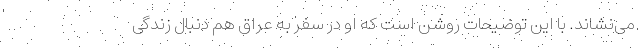
می‌نشاند. با این توضیحات روشن است که او در سفر به عراق هم دنبال زندگی